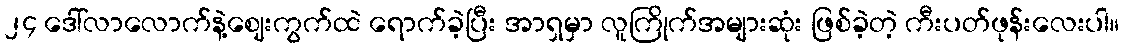
၂၄ ဒေါ်လာလောက်နဲ့ဈေးကွက်ထဲ ရောက်ခဲ့ပြီး အာရှမှာ လူကြိုက်အများဆုံး ဖြစ်ခဲ့တဲ့ ကီးပတ်ဖုန်းလေးပါ။